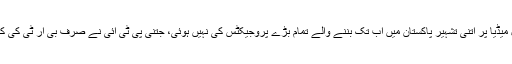
سوشل میڈیا پر اتنی تشہیر پاکستان میں اب تک بننے والے تمام بڑے پروجیکٹس کی نہیں ہوئی، جتنی پی ٹی آئی نے صرف بی آر ٹی کی کر دی۔